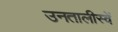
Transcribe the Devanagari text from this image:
उनतालीस्वें